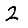
Digit: 2